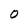
Character: O